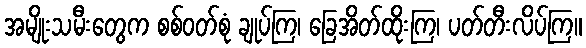
အမျိုးသမီးတွေက စစ်ဝတ်စုံ ချုပ်ကြ၊ ခြေအိတ်ထိုးကြ၊ ပတ်တီးလိပ်ကြ။